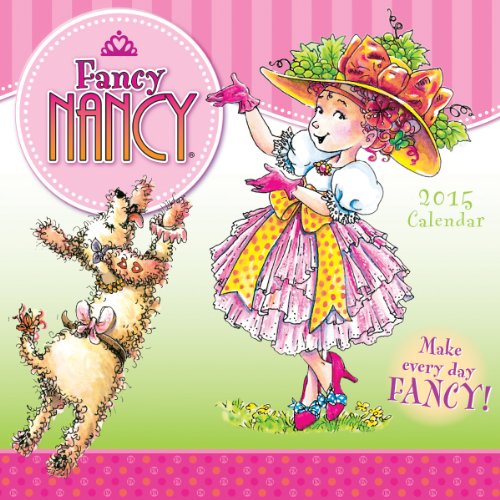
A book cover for Fancy Nancy 2015 Wall Calendar; Jane O'Connor & Robin Preiss Glasser; Calendars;